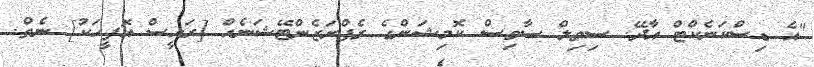
"އެ ޑިސްކަނެކްޓް އާދޭ. ސިވިލް ސާވިސް ކޮމިޝަންގެ ރެޕްރަޒެންޓޭޝަނެއް [ރައީސް އޮފީހަކު] ނެތް.